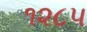
૧૨૮૫